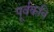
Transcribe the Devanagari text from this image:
पूर्वकवि